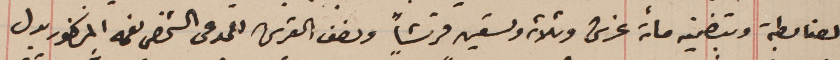
الضابطة وبتضمينه مائة غرش وثلاثه وتسعين قرشاً ونصف القرش للمدعى الشخصى نعمه المذكور بدل